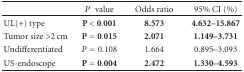
|  | P value | Odds ratio | 95% CI (%) |
 | --- | --- | --- | --- |
 | UL(+) type | P < 0.001 | 8.573 | 4.632–15.867 |
 | Tumor size >2 cm | P = 0.015 | 2.071 | 1.149–3.731 |
 | Undifferentiated | P = 0.108 | 1.664 | 0.895–3.093 |
 | US-endoscope | P = 0.004 | 2.472 | 1.330–4.593 |